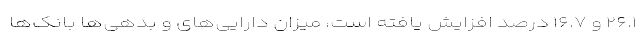
۲۶.۱ و ۱۶.۷ درصد افزایش یافته است، میزان دارایی‌های و بدهی‌ها بانک‌ها